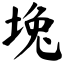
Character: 堍